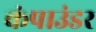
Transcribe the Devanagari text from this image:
कंपाउंडर